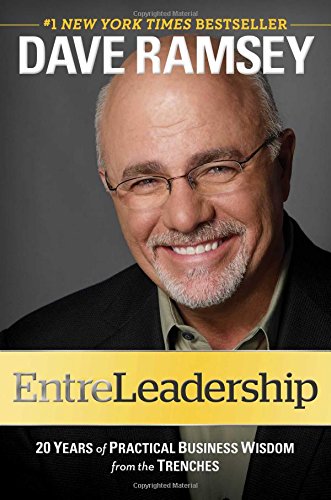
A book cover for EntreLeadership: 20 Years of Practical Business Wisdom from the Trenches; Dave Ramsey; Business & Money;